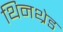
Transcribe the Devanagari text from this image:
थिनथ्रेड